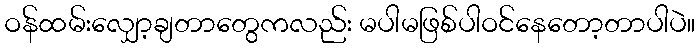
ဝန်ထမ်းလျှော့ချတာတွေကလည်း မပါမဖြစ်ပါဝင်နေတော့တာပါပဲ။